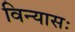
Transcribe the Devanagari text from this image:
विन्यासः